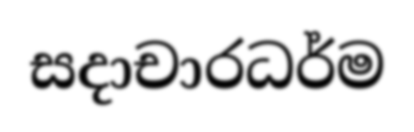
සදාචාරධර්ම